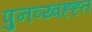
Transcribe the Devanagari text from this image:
पुनव्य्वह्ह्त